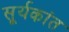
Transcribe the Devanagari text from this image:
सू्र्यकांत